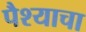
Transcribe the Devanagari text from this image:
पैश्याचा